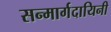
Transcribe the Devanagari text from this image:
सन्मार्गदायिनी